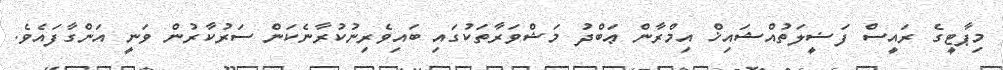
މިޕާޓީގެ ރައީސް ފަޟީލަތުއްޝައިޚް އިމްރާން ޢަބްދު މަޝްވަރާތަކުގައި ބައިވެރިނުކުރާނެކަން ސަރުކާރުން ވަނީ އަންގާފައެވެ.